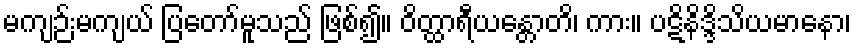
မကျဉ်းမကျယ် ပြတော်မူသည် ဖြစ်၍။ ဝိတ္ထာရီယန္တောတိ၊ ကား။ ပဋိနိဒ္ဒိသိယမာနော၊